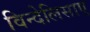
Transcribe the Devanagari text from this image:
विन्देलिसाए